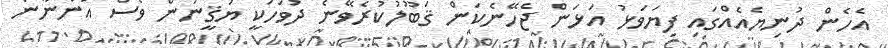
އެހެން ދުނިޔެއެއްގައި ފިޔަވަޅު އަޅަން ޖެހޭނެކަން ޤަބޫލުކުރެވޭނެ ދުވަހަކީ ޔަޤީނުން ވެސް އަންނާނެ